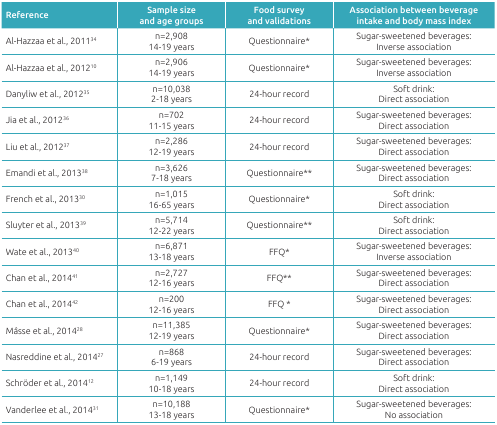
| Reference | Sample size and age groups | Food survey and validations | Association between beverageintake and body mass index |
 | --- | --- | --- | --- |
 | Al-Hazzaa et al., 201134 | n=2,908 14-19 years | Questionnaire* | Sugar-sweetened beverages:Inverse association |
 | Al-Hazzaa et al., 201210 | n=2,906 14-19 years | Questionnaire* | Sugar-sweetened beverages:Inverse association |
 | Danyliw et al., 201235 | n=10,038 2-18 years | 24-hour record | Soft drink: Directassociation |
 | Jia et al., 201236 | n=702 11-15 years | 24-hour record | Sugar-sweetened beverages: Directassociation |
 | Liu et al., 201237 | n=2,286 12-19 years | 24-hour record | Sugar-sweetened beverages: Directassociation |
 | Emandi et al., 201338 | n=3,626 7-18 years | Questionnaire** | Sugar-sweetened beverages: Directassociation |
 | French et al., 201330 | n=1,015 16-65 years | Questionnaire* | Soft drink: Directassociation |
 | Sluyter et al., 201339 | n=5,714 12-22 years | Questionnaire** | Soft drink: Directassociation |
 | Wate et al., 201340 | n=6,871 13-18 years | FFQ* | Sugar-sweetened beverages:Inverse association |
 | Chan et al., 201441 | n=2,727 12-16 years | FFQ** | Sugar-sweetened beverages: Directassociation |
 | Chan et al., 201442 | n=200 12-16 years | FFQ * | Sugar-sweetened beverages: Directassociation |
 | Mâsse et al., 201428 | n=11,385 12-19 years | Questionnaire* | Sugar-sweetened beverages: Directassociation |
 | Nasreddine et al., 201427 | n=868 6-19 years | 24-hour record | Sugar-sweetened beverages: Directassociation |
 | Schröder et al., 201412 | n=1,149 10-18 years | 24-hour record | Soft drink: Directassociation |
 | Vanderlee et al., 201431 | n=10,188 13-18 years | Questionnaire* | Sugar-sweetened beverages: Noassociation |